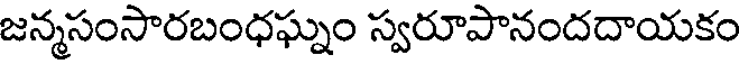
జన్మసంసారబంధఘ్నం స్వరూపానందదాయకం